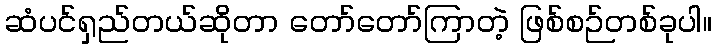
ဆံပင်ရှည်တယ်ဆိုတာ တော်တော်ကြာတဲ့ ဖြစ်စဉ်တစ်ခုပါ။